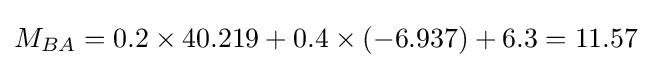
M_{BA}=0.2\times 40.219+0.4\times \left(-6.937\right)+6.3=11.57